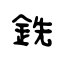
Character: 銑